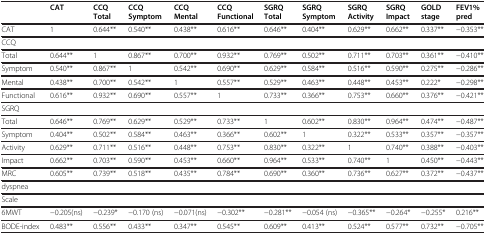
<table><thead><tr><td><b> </b></td><td><b>CAT</b></td><td><b>CCQ Total</b></td><td><b>CCQ Symptom</b></td><td><b>CCQ Mental</b></td><td><b>CCQ Functional</b></td><td><b>SGRQ Total</b></td><td><b>SGRQ Symptom</b></td><td><b>SGRQ Activity</b></td><td><b>SGRQ Impact</b></td><td><b>GOLD stage</b></td><td><b>FEV1% pred</b></td></tr></thead><tbody><tr><td>CAT</td><td>1</td><td>0.644**</td><td>0.540**</td><td>0.438**</td><td>0.616**</td><td>0.646**</td><td>0.404**</td><td>0.629**</td><td>0.662**</td><td>0.337**</td><td>−0.353**</td></tr><tr><td>CCQ</td><td> </td><td> </td><td> </td><td> </td><td> </td><td> </td><td> </td><td> </td><td> </td><td> </td><td> </td></tr><tr><td>Total</td><td>0.644**</td><td>1</td><td>0.867**</td><td>0.700**</td><td>0.932**</td><td>0.769**</td><td>0.502**</td><td>0.711**</td><td>0.703**</td><td>0.361**</td><td>−0.410**</td></tr><tr><td>Symptom</td><td>0.540**</td><td>0.867**</td><td>1</td><td>0.542**</td><td>0.690**</td><td>0.629**</td><td>0.584**</td><td>0.516**</td><td>0.590**</td><td>0.275**</td><td>−0.286**</td></tr><tr><td>Mental</td><td>0.438**</td><td>0.700**</td><td>0.542**</td><td>1</td><td>0.557**</td><td>0.529**</td><td>0.463**</td><td>0.448**</td><td>0.453**</td><td>0.222*</td><td>−0.298**</td></tr><tr><td>Functional</td><td>0.616**</td><td>0.932**</td><td>0.690**</td><td>0.557**</td><td>1</td><td>0.733**</td><td>0.366**</td><td>0.753**</td><td>0.660**</td><td>0.376**</td><td>−0.421**</td></tr><tr><td>SGRQ</td><td> </td><td> </td><td> </td><td> </td><td> </td><td> </td><td> </td><td> </td><td> </td><td> </td><td> </td></tr><tr><td>Total</td><td>0.646**</td><td>0.769**</td><td>0.629**</td><td>0.529**</td><td>0.733**</td><td>1</td><td>0.602**</td><td>0.830**</td><td>0.964**</td><td>0.474**</td><td>−0.487**</td></tr><tr><td>Symptom</td><td>0.404**</td><td>0.502**</td><td>0.584**</td><td>0.463**</td><td>0.366**</td><td>0.602**</td><td>1</td><td>0.322**</td><td>0.533**</td><td>0.357**</td><td>−0.357**</td></tr><tr><td>Activity</td><td>0.629**</td><td>0.711**</td><td>0.516**</td><td>0.448**</td><td>0.753**</td><td>0.830**</td><td>0.322**</td><td>1</td><td>0.740**</td><td>0.388**</td><td>−0.403**</td></tr><tr><td>Impact</td><td>0.662**</td><td>0.703**</td><td>0.590**</td><td>0.453**</td><td>0.660**</td><td>0.964**</td><td>0.533**</td><td>0.740**</td><td>1</td><td>0.450**</td><td>−0.443**</td></tr><tr><td>MRC</td><td>0.605**</td><td>0.739**</td><td>0.518**</td><td>0.435**</td><td>0.784**</td><td>0.690**</td><td>0.360**</td><td>0.736**</td><td>0.627**</td><td>0.372**</td><td>−0.437**</td></tr><tr><td>dyspnea</td><td> </td><td> </td><td> </td><td> </td><td> </td><td> </td><td> </td><td> </td><td> </td><td> </td><td> </td></tr><tr><td>Scale</td><td> </td><td> </td><td> </td><td> </td><td> </td><td> </td><td> </td><td> </td><td> </td><td> </td><td> </td></tr><tr><td>6MWT</td><td>−0.205(ns)</td><td>−0.239*</td><td>−0.170 (ns)</td><td>−0.071(ns)</td><td>−0.302**</td><td>−0.281**</td><td>−0.054 (ns)</td><td>−0.365**</td><td>−0.264*</td><td>−0.255*</td><td>0.216**</td></tr><tr><td>BODE-index</td><td>0.483**</td><td>0.556**</td><td>0.433**</td><td>0.347**</td><td>0.545**</td><td>0.609**</td><td>0.413**</td><td>0.524**</td><td>0.577**</td><td>0.732**</td><td>−0.705**</td></tr></tbody></table>